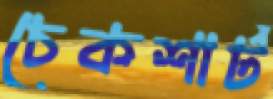
চেকশার্ট